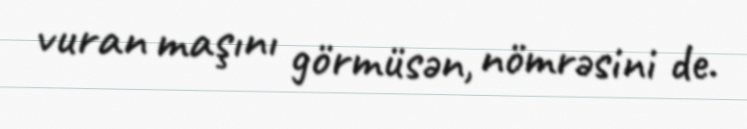
vuran maşını görmüsən, nömrəsini de.